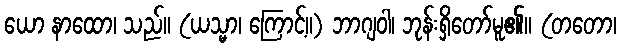
ယော နာထော၊ သည်။ (ယသ္မာ၊ ကြောင့်။) ဘာဂျဝါ၊ ဘုန်းရှိတော်မူ၏။ (တတော၊